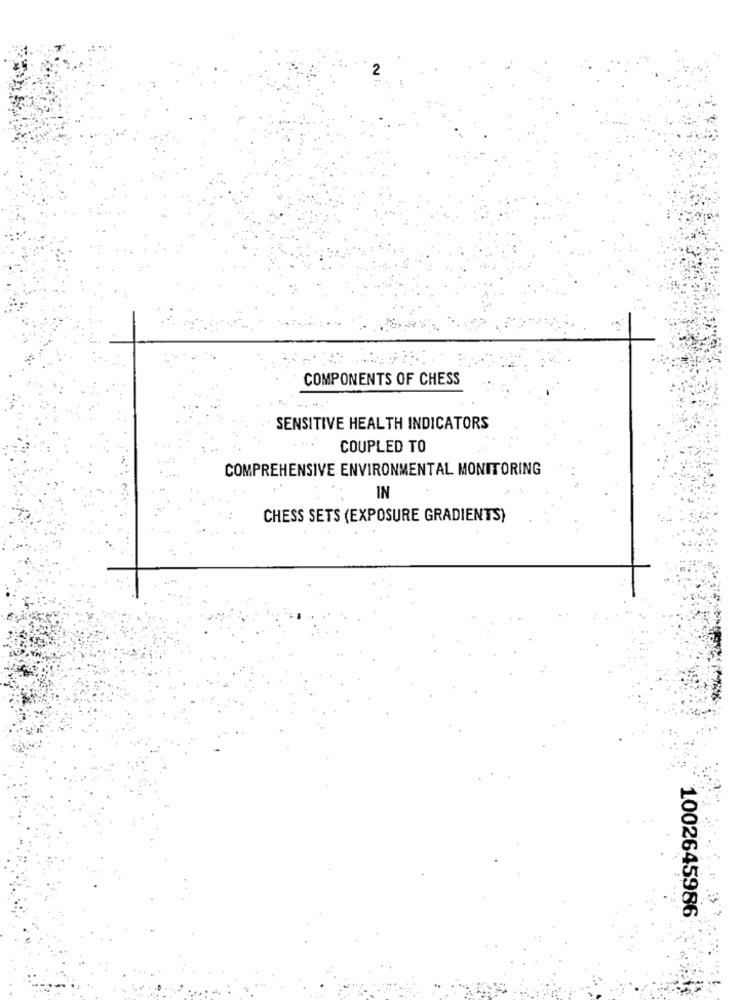
2
COMPONENTS OF CHESS
SENSITIVE HEALTH INDICATORS
COUPLED TO
COMPREHENSIVE ENVIRONMENTAL MONITORING
IN
CHESS SETS (EXPOSURE GRADIENTS)
1002645986